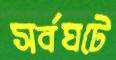
সর্বঘটে